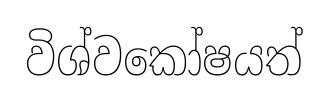
විශ්වකෝෂයත්